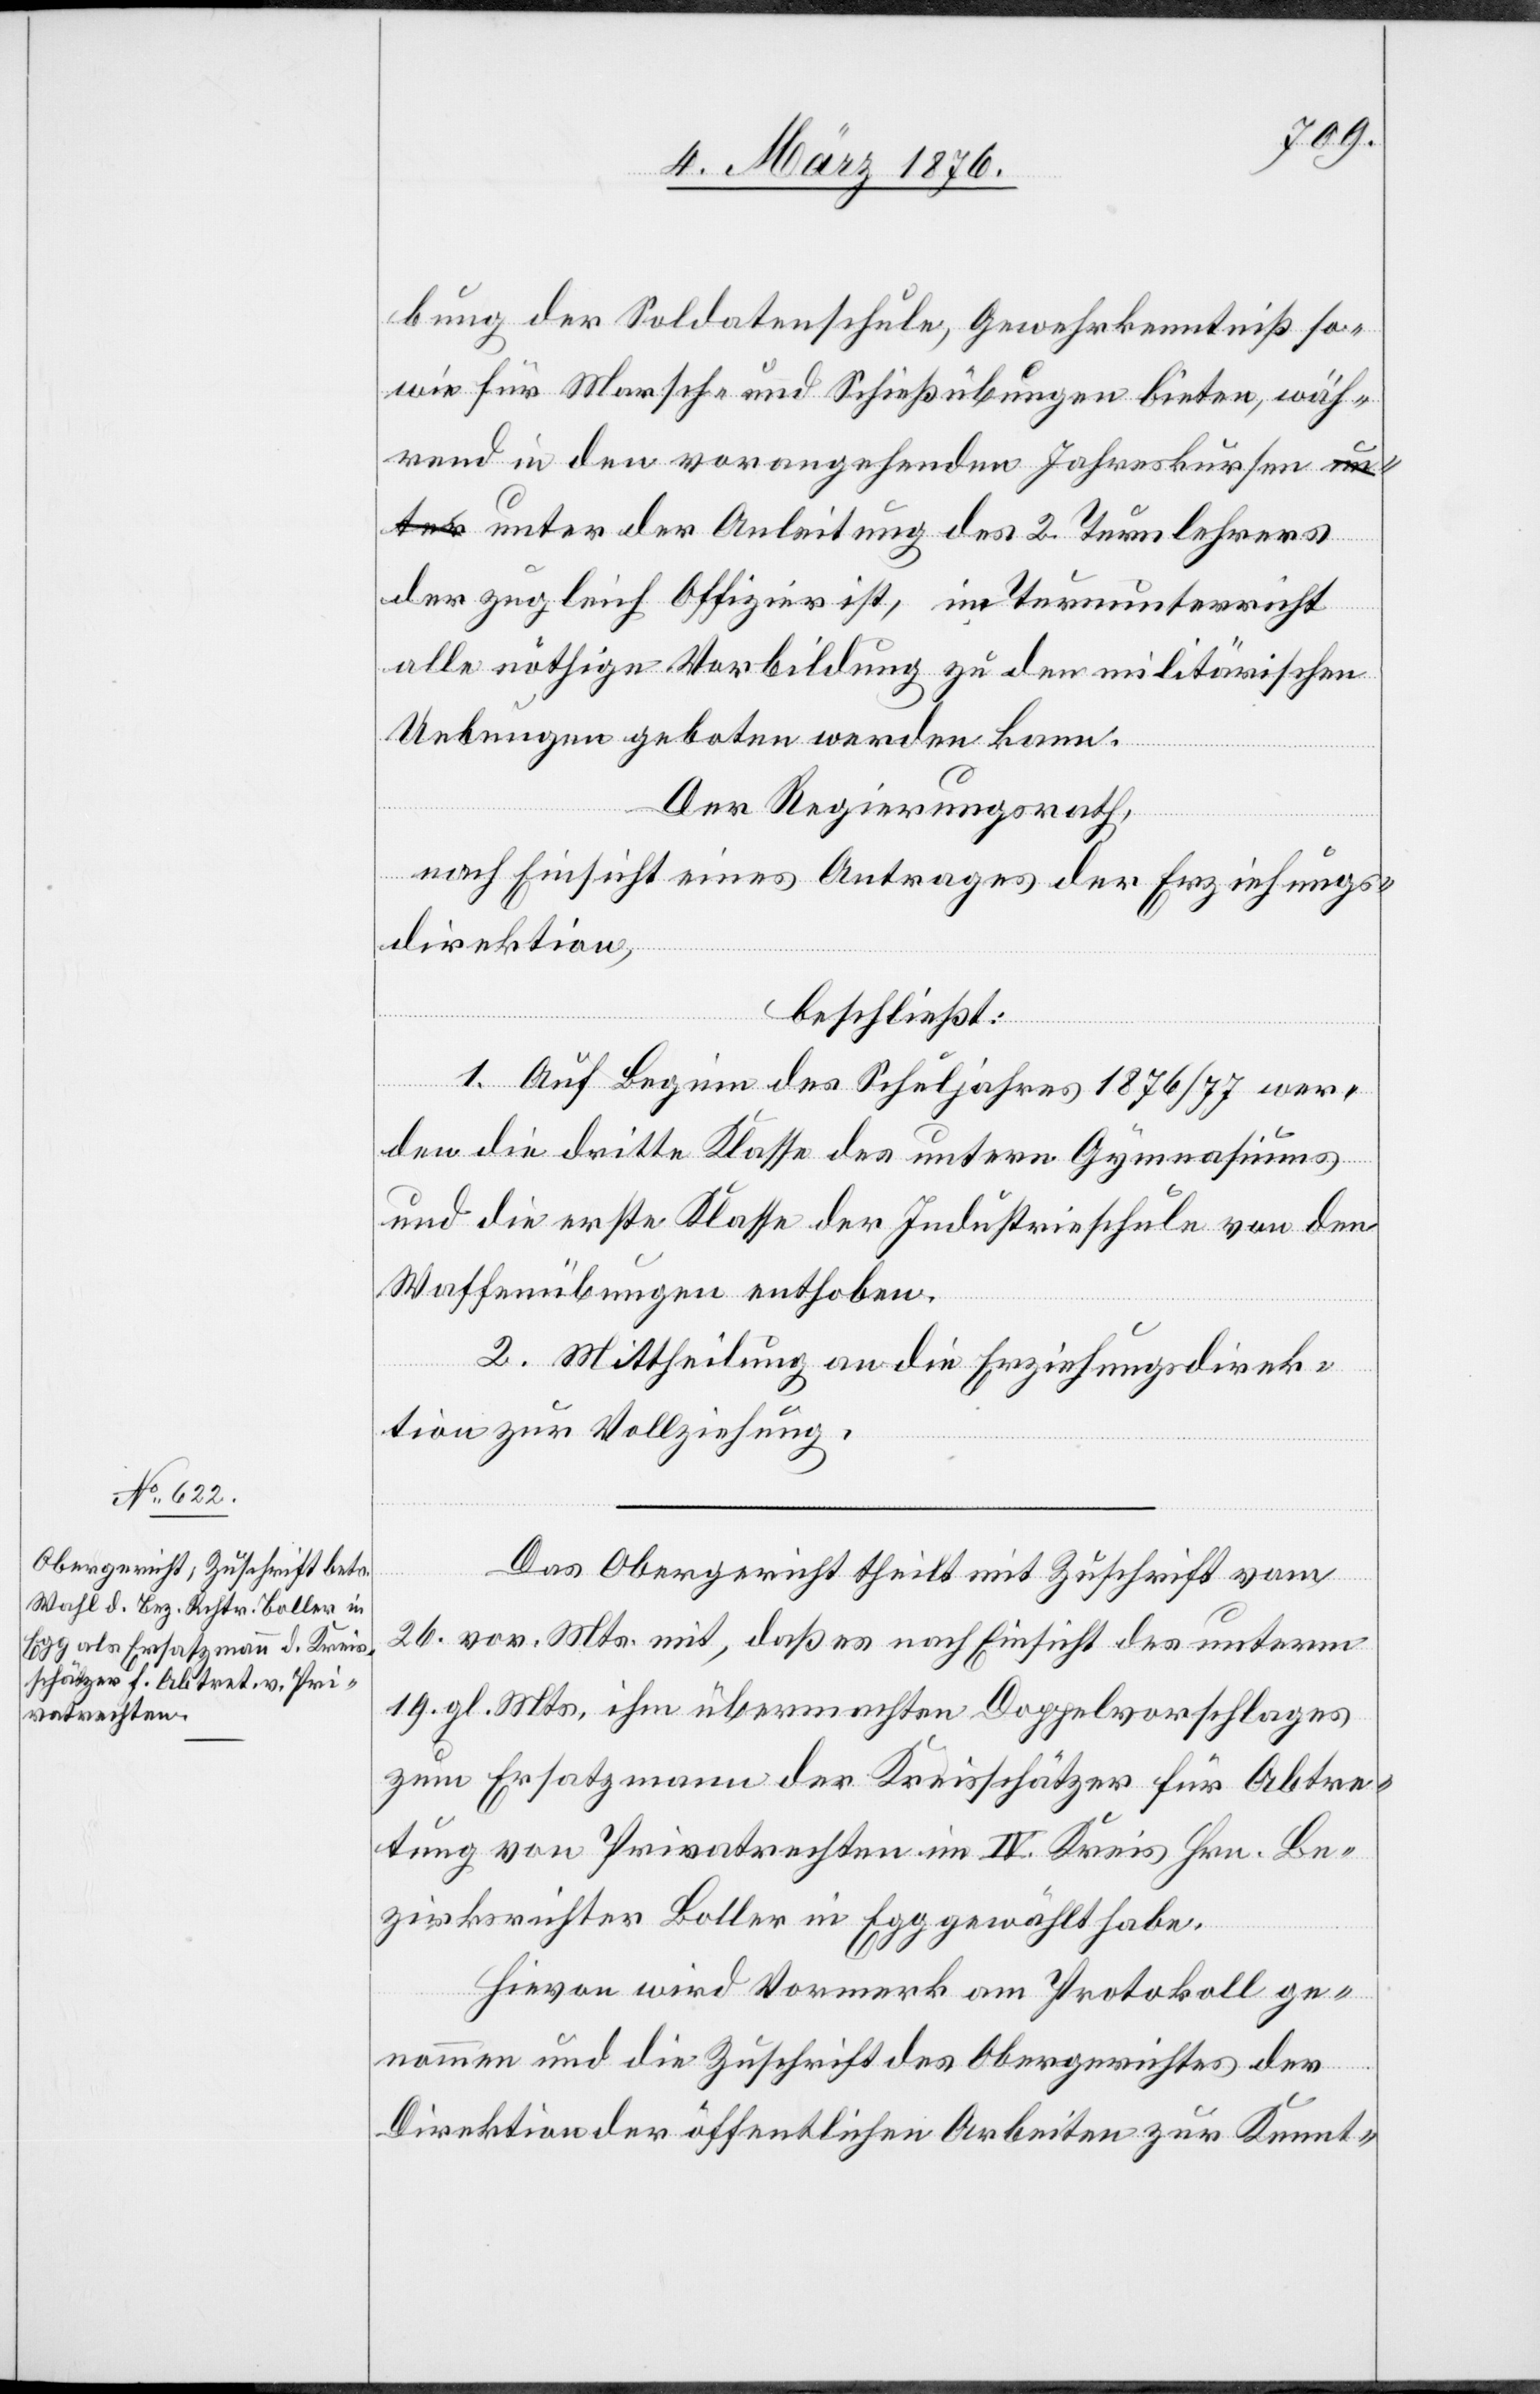
bung der Soldatenschule, Gewehrkenntniß so¬
wie für Marsch- und Schießübungen bieten, wäh¬
rend in den vorangehenden Jahreskurse¬
n unter der Anleitung des 2. Turnlehrers
der zugleich Offizier ist, im Turnunterricht
alle nöthige Vorbildung zu den militärischen
Uebungen geboten werden kann.
Der Regierungsrath,
nach Einsicht eines Antrages der Erziehungs¬
direktion,
beschließt:
1. Auf Beginn des Schuljahres 1876/77 wer¬
den die dritte Klasse des untern Gymnasiums
und die erste Klasse der Industrieschule von den
Waffenübungen enthoben.
2. Mittheilung an die Erziehungsdirek¬
tion zur Vollziehung.
Das Obergericht theilt mit Zuschrift vom
26. vor. Mts. mit, daß es nach Einsicht des unterm
19. gl. Mts. ihm übermachten Doppelvorschlages
zum Ersatzmann der Kreisschätzer für Abtre¬
tung von Privatrechten im IV. Kreis Hrn. Be¬
zirksrichter Boller in Egg gewählt habe,
Hievon wird Vormerk am Protokoll ge¬
nommen und die Zuschrift des Obergerichtes der
Direktion der öffentlichen Arbeiten zur Kennt-